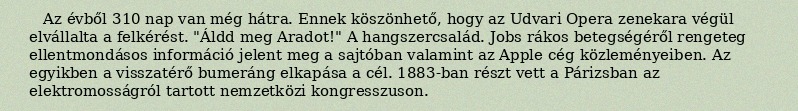
Az évből 310 nap van még hátra. Ennek köszönhető, hogy az Udvari Opera zenekara végül elvállalta a felkérést. "Áldd meg Aradot!" A hangszercsalád. Jobs rákos betegségéről rengeteg ellentmondásos információ jelent meg a sajtóban valamint az Apple cég közleményeiben. Az egyikben a visszatérő bumeráng elkapása a cél. 1883-ban részt vett a Párizsban az elektromosságról tartott nemzetközi kongresszuson.